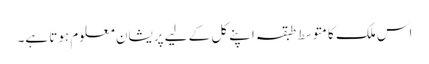
اس ملک کا متوسط طبقہ اپنے کل کے لیے پریشان معلوم ہوتا ہے۔